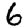
Digit: 6